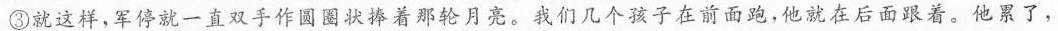
③就这样，军停就一直双手作圆圈状捧着那轮月亮。我们几个孩子在前面跑，他就在后面跟着。他累了，